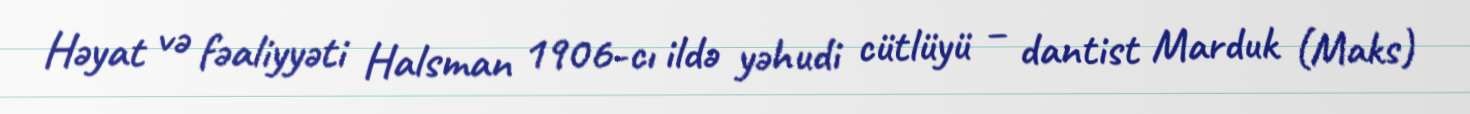
Həyat və fəaliyyəti Halsman 1906-cı ildə yəhudi cütlüyü – dantist Marduk (Maks)